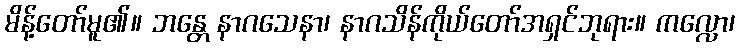
မိန့်တော်မူ၏။ ဘန္တေ နာဂသေနာ၊ နာဂသိန်ကိုယ်တော်အရှင်ဘုရား။ ကလ္လော၊